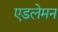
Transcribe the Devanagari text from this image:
एडलेमन